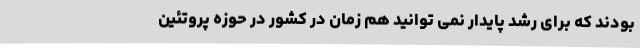
بودند که برای رشد پایدار نمی توانید هم زمان در کشور در حوزه پروتئین